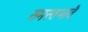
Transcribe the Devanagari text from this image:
समस्तभावैः